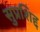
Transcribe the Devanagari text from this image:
सुप्रशिद्द